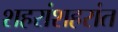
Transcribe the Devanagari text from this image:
शहरांशहरांत